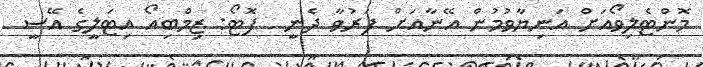
މޮންޓެލިވޯއަށް އަނިޔާވުމުން އޭނާއަށް ފަރުވާ ދެނީ  ފޮޓޯ: ޒިމްބިއޯ އިޓަލީގެ އޭސީ